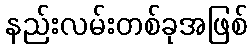
နည်းလမ်းတစ်ခုအဖြစ်